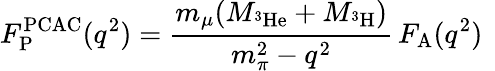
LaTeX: F_{\mathrm{P}}^{\mathrm{PCAC}}(q^{2})=\frac{m_{\mu}(M_{^3\mathrm{He}}+M_{^3\mathrm{H}})}{m_{\pi}^{2}-q^{2}}\, F_{\mathrm{A}}(q^{2})\ \,